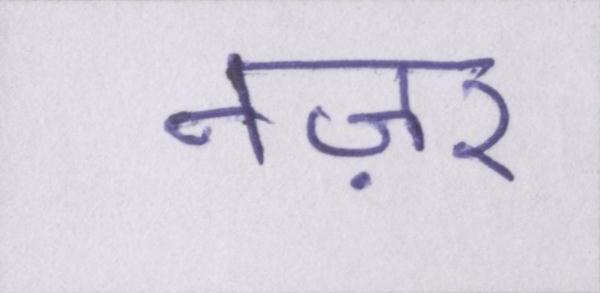
नज़र